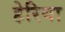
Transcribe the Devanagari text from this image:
हेरिया